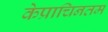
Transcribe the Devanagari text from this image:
केप्राचिनतम